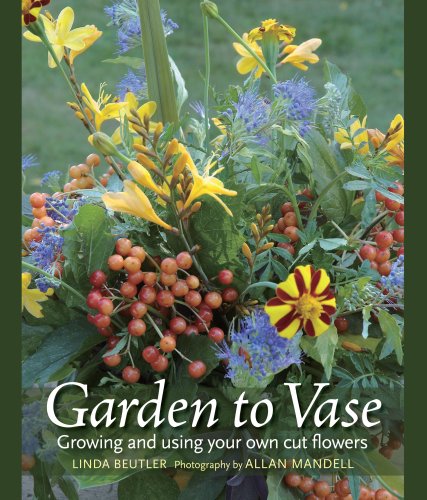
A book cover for Garden to Vase: Growing and Using Your Own Cut Flowers; Linda Beutler; Crafts, Hobbies & Home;